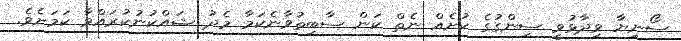
ސޯނިޔާ ވިދާޅުވީ ސިންގުގެ ކުށެއް ނެތް ކަން ސާބިތުވާނެކަމާ މެދު ޝައްކުނުކުރައްވާ ކަމަށެވެ.